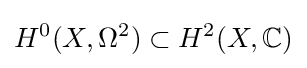
H^{0}(X,\Omega ^{2})\subset H^{2}(X,\mathbb {C} )